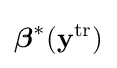
{\boldsymbol {\beta }}^{*}(\mathbf {y} ^{\text{tr}})